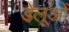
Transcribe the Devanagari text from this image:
डेलूओं